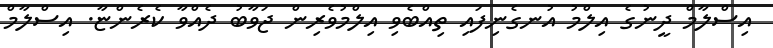
އިސްލާމް ދީނުގެ އިލްމު އުނގެނިފައި ތިއްބެވި އިލްމުވެރިން ޖަވާބު ދެއްވާ ކެރެންޏާ. އިސްލާމް